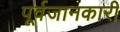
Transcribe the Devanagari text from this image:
पूर्वजानकारी